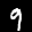
Label: 9